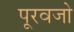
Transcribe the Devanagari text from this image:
पूरवजो